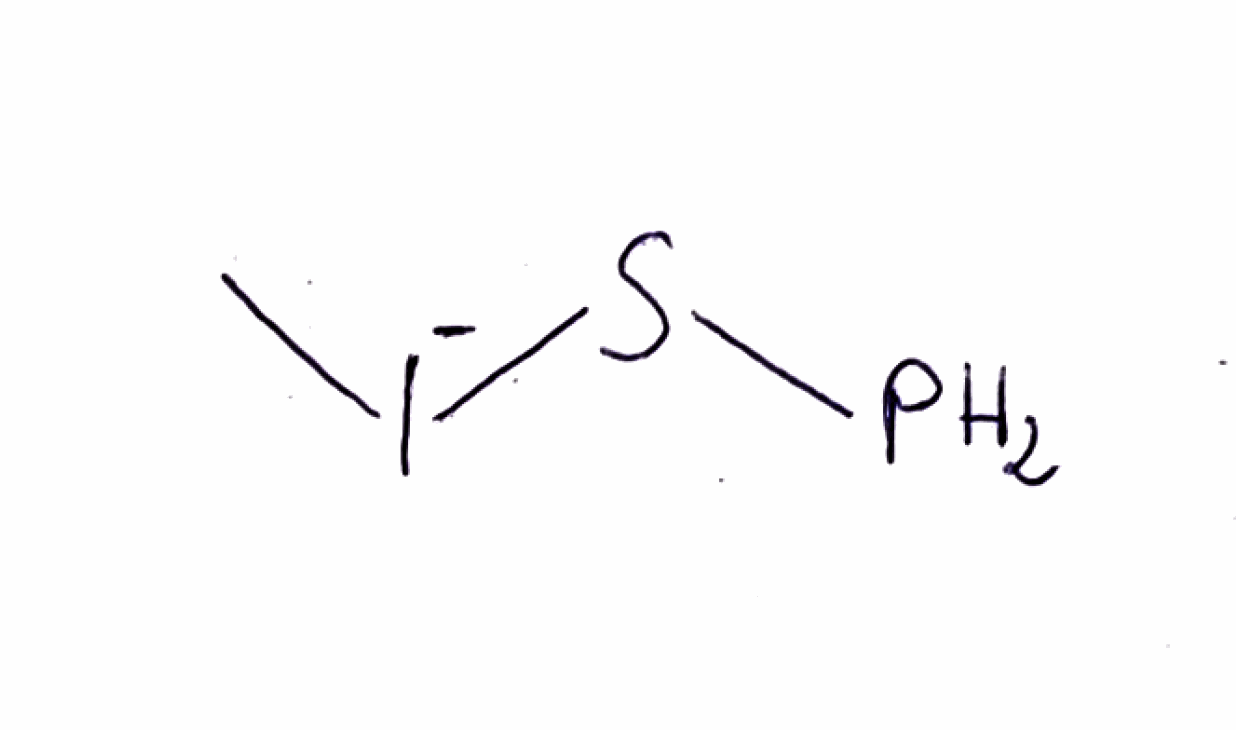
Simplified molecular-input line-entry system (SMILES) notation of the given molecule:
C[I-]SP